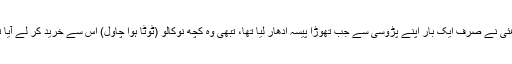
بڑھئی نے صرف ایک بار اپنے پڑوسی سے جب تھوڑا پیسہ اُدھار لیا تھا، تبھی وہ کچھ نوکالو (ٹوٹا ہوا چاول) اس سے خرید کر لے آیا تھا۔